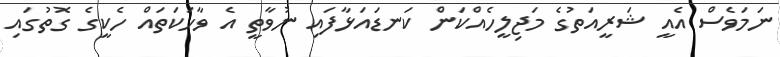
ނަމަވެސް އެއީ ޝަރީއަތުގެ މަޖިލީހެއްކަން ކަނޑައަޅާފައި ނުވާތީ އެ ވާހަކަތައް ހެކީގެ ގޮތުގައި